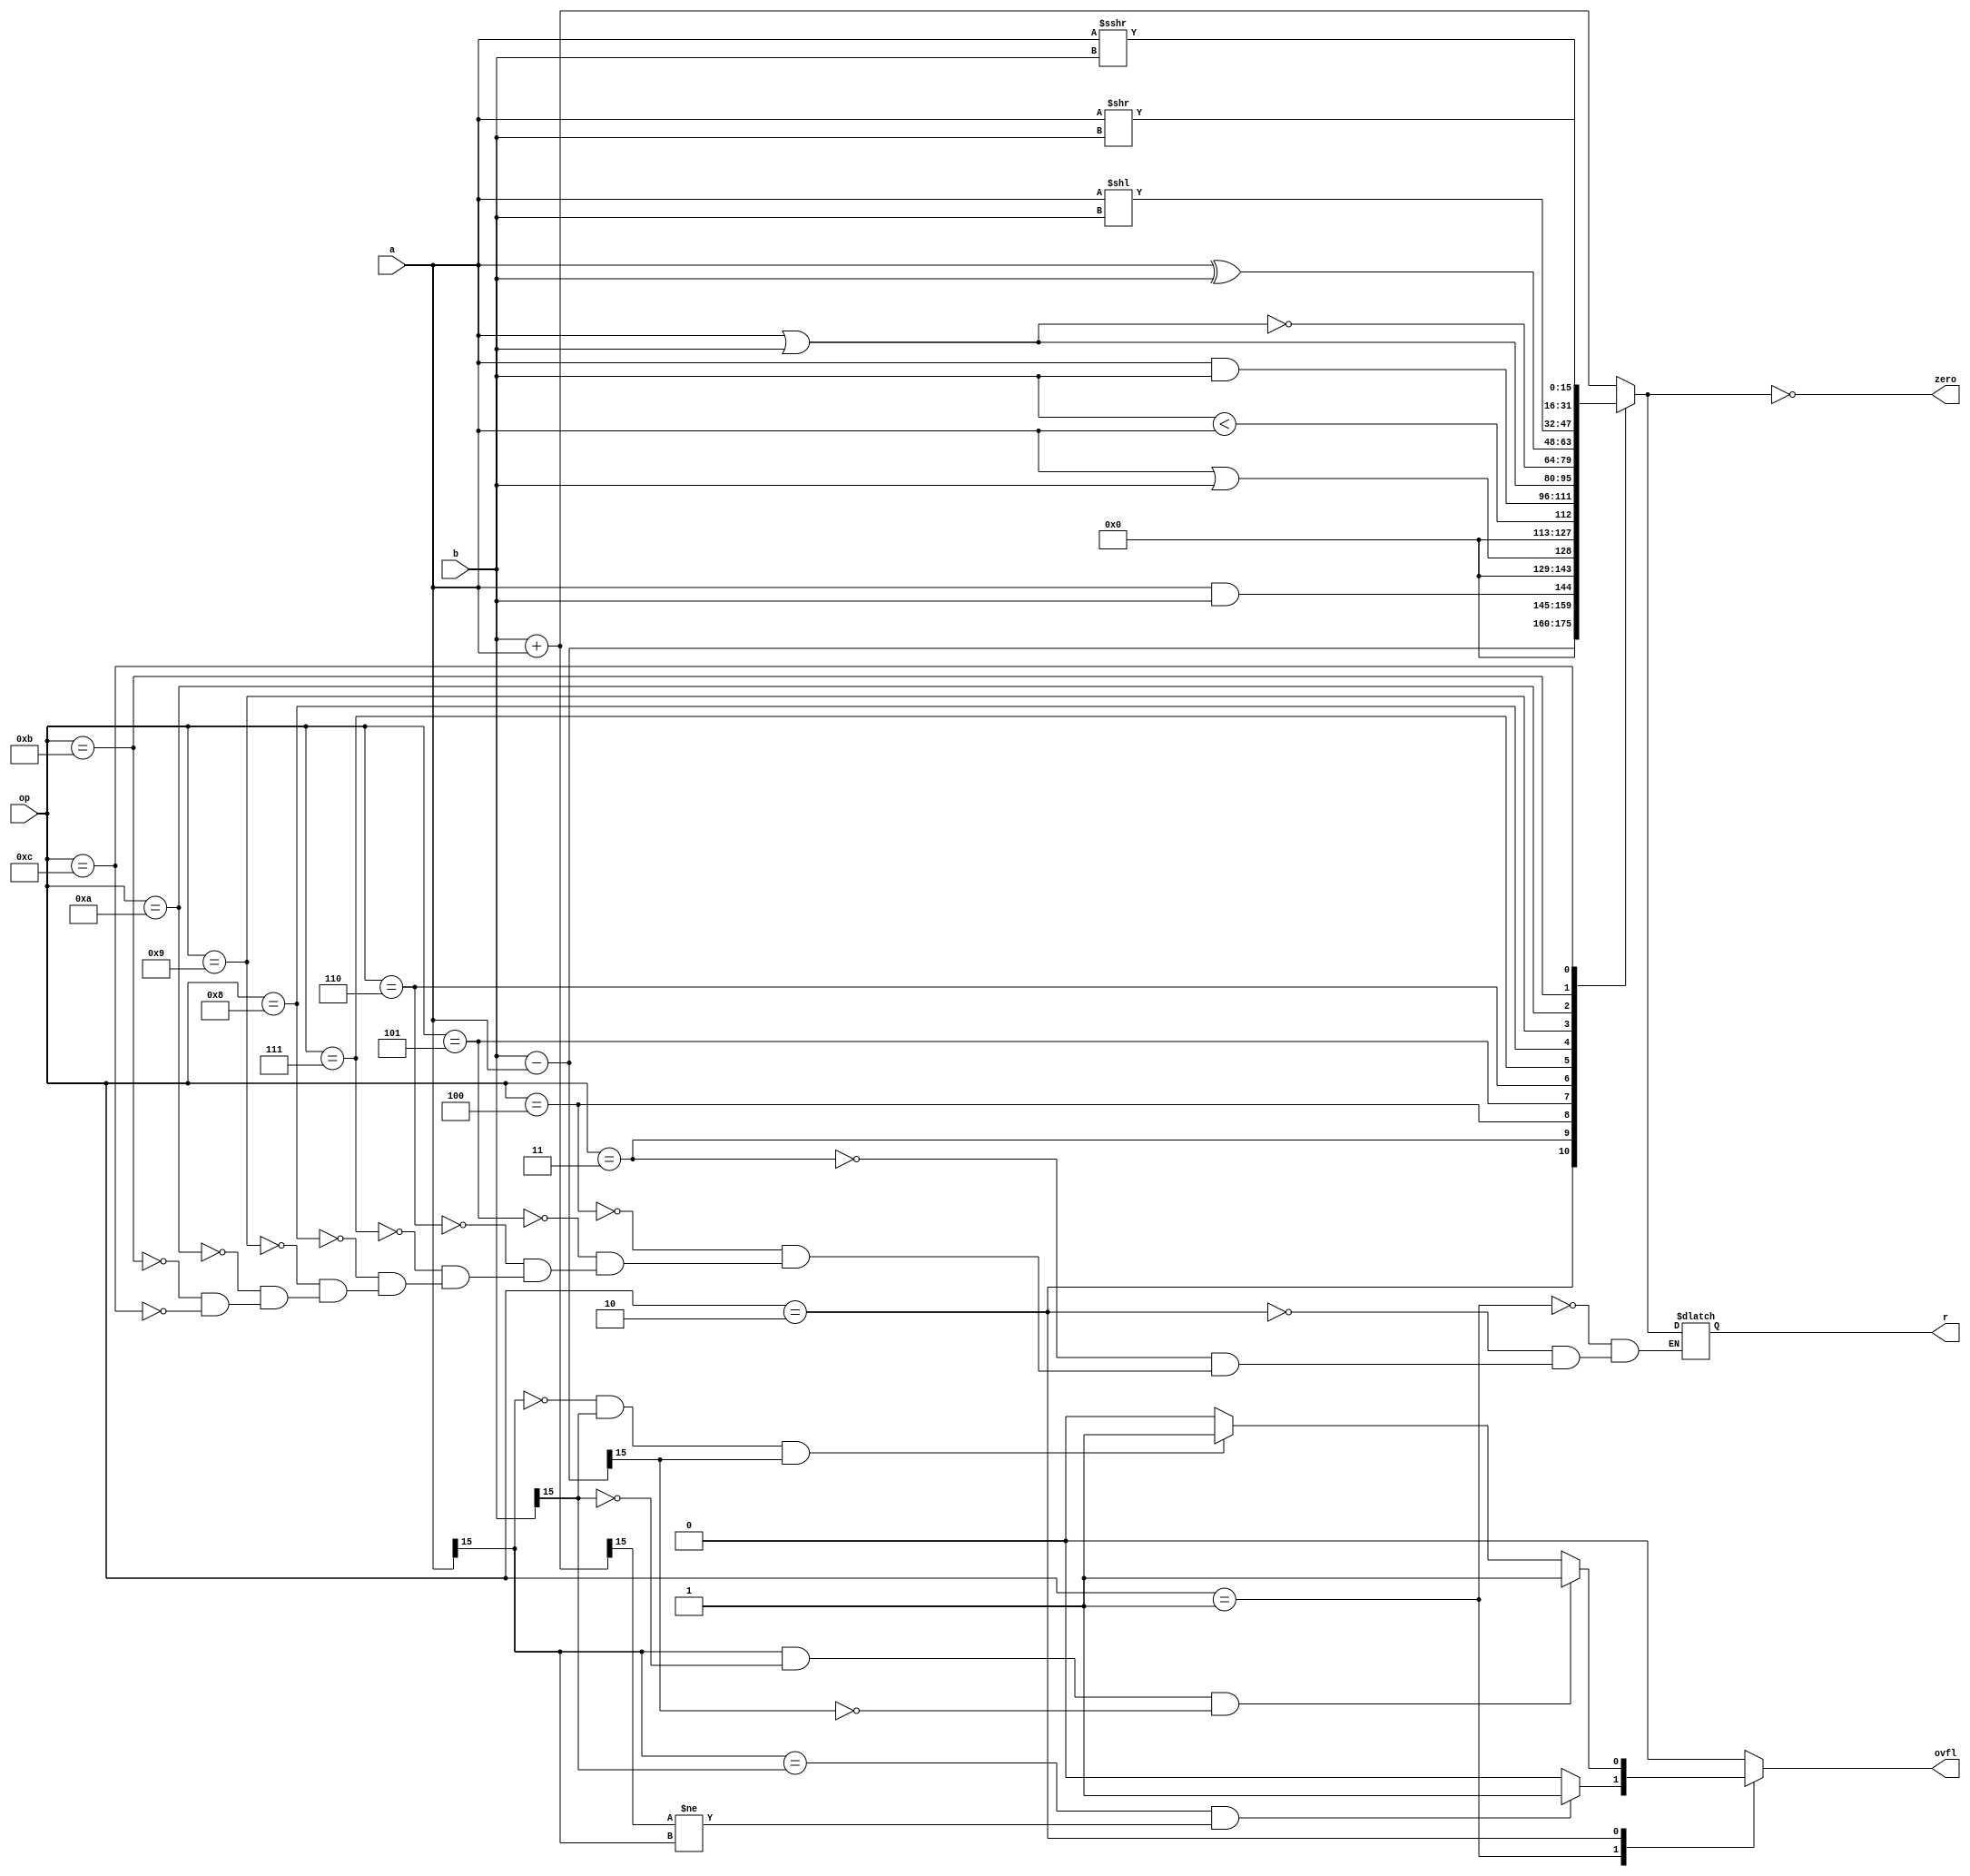
module alu_16b(
   input [15:0] a,
   input [15:0] b,
   input [3:0] op,
   output reg [15:0] r,
   output reg zero,
   output reg ovfl
   );
	
	always @(*) begin
		ovfl = 0;
		case (op)
			4'b0001: begin
				//			       ADDITION SIGN BITS
				//    num1sign num2sign sumsign
				//   ---------------------------
				//        0 0 0
				// *OVER* 0 0 1 (adding two positives should be positive)
				//        0 1 0
				//        0 1 1
				//        1 0 0
				//        1 0 1
				// *OVER* 1 1 0 (adding two negatives should be negative)
				//        1 1 1
				r = b + a;			   //ADD
				if (a[15] == b[15] && r[15] != a[15]) ovfl = 1;
			end
			4'b0010: begin
				//						SUBTRACTION SIGN BITS
				//		 num1sign num2sign sumsign
				//	  ---------------------------
				//		  	 0 0 0
				//			 0 0 1
				//			 0 1 0
				//	*OVER* 0 1 1 (subtracting a negative is the same as adding a positive)
				//	*OVER* 1 0 0 (subtracting a positive is the same as adding a negative)
				//			 1 0 1
				//			 1 1 0
				//			 1 1 1
				r = b - a;				//SUB
				if (a[15] == 0 && b[15] == 1 && r[15] == 1) ovfl = 1;
				if (a[15] == 1 && b[15] == 0 && r[15] == 0) ovfl = 1;
			end
			4'b0011: r = (a && b);	//Logical AND
			4'b0100: r = (a || b);	//Logical OR
			4'b0101: r = ($signed(b) < $signed(a));	//Set Less Than
			4'b0110: r = (a & b);	//Bitwise AND
			4'b0111: r = (a | b); 	//Bitwise OR
			4'b1000: r = ~(a | b);	//Bitwise NOR
			4'b1001: r = (a ^ b);	//Bitwise XOR
			4'b1010: r = (a << b);	//Shift left
			4'b1011: r = (a >> b);	//Shift right logical
			4'b1100: r = ($signed(a) >>> b);	//Shift right arithmetic
		endcase
		zero = (r == 0);
	end
	
endmodule